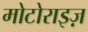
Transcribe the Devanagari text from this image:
मोटोराइज़